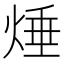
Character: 𱫘